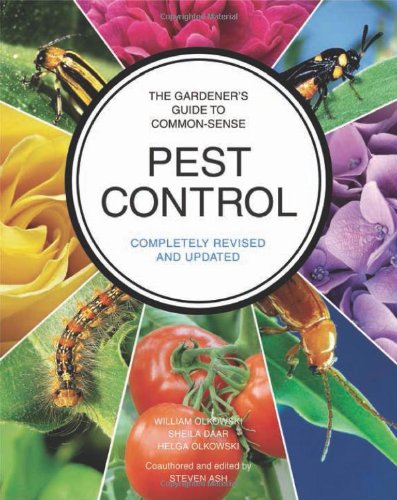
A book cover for The Gardener's Guide to Common-Sense Pest Control: Completely Revised and Updated; William Olkowski; Crafts, Hobbies & Home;